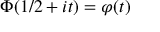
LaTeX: \Phi ( 1 / 2 + i t ) = \varphi ( t )